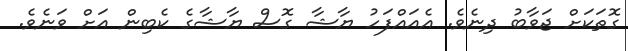
ގޮތަކަށް ޖަވާބު ދިނެވެ. އެއައްފަހު ޔާޝާ ގޮސް ޔާޝާގެ ކެބިން އަށް ވަނެވެ.